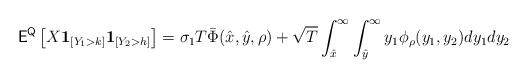
LaTeX: \begin{align*} \mathsf{E}^{\mathsf{Q}}\left[ X {\bf 1}_{[ Y_1 > k ]}{\bf 1}_{[ Y_2 > h ]} \right] = \sigma_1 T \bar{\Phi}(\hat{x}, \hat{y}, \rho) + \sqrt{T} \int_{\hat{x}}^\infty \int_{\hat{y}}^\infty y_1 \phi_{\rho}(y_1, y_2) dy_1 dy_2 \end{align*}